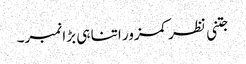
جتنی نظر کمزور اتنا ہی بڑا نمبر۔